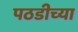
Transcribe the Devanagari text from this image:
पठडीच्या